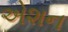
એશન